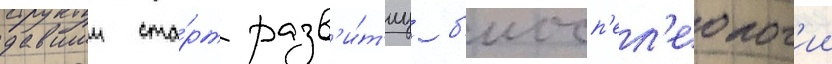
давшии ста́рт разв'и́т'иу б'иосп'ел'еолог'ии